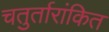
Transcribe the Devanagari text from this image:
चतुर्तारांकित